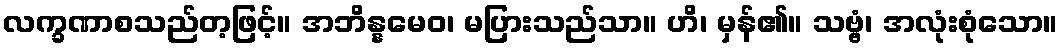
လက္ခဏာစသည်တ့ဖြင့်။ အဘိန္နမေဝ၊ မပြားသည်သာ။ ဟိ၊ မှန်၏။ သဗ္ဗံ၊ အလုံးစုံသော။